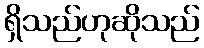
ရှိသည်ဟုဆိုသည်